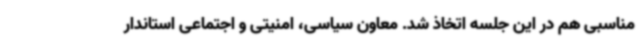
مناسبی هم در این جلسه اتخاذ شد. معاون سیاسی، امنیتی و اجتماعی استاندار